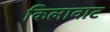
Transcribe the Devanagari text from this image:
किलावाट